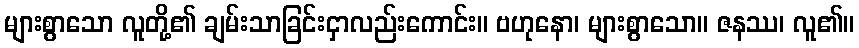
များစွာသော လူတို့၏ ချမ်းသာခြင်းငှာလည်းကောင်း။ ဗဟုနော၊ များစွာသော။ ဇနဿ၊ လူ၏။